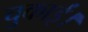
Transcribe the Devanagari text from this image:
चुकाईं।